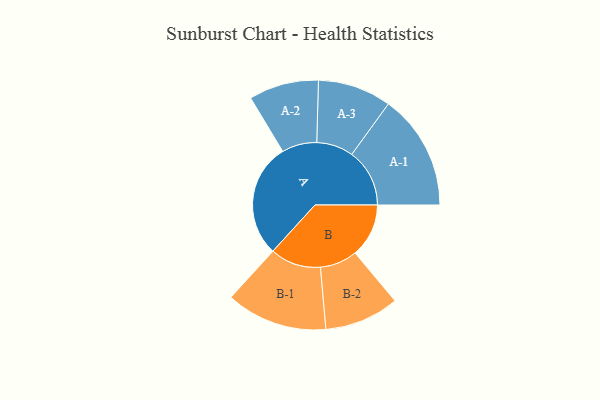
{"axis": {"x": "Segment", "y": "Value"}, "legend": ["", "A", "B"], "data": [{"x": "A", "y": 434, "type": ""}, {"x": "B", "y": 204, "type": ""}, {"x": "A-1", "y": 220, "type": "A"}, {"x": "A-2", "y": 133, "type": "A"}, {"x": "A-3", "y": 140, "type": "A"}, {"x": "B-1", "y": 193, "type": "B"}, {"x": "B-2", "y": 142, "type": "B"}]}